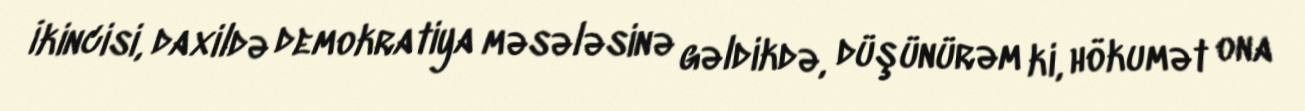
İkincisi, daxildə demokratiya məsələsinə gəldikdə, düşünürəm ki, hökumət ona